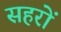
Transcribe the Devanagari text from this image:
सहरों